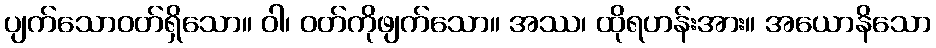
ပျက်သောဝတ်ရှိသော။ ဝါ၊ ဝတ်ကိုဖျက်သော။ အဿ၊ ထိုရဟန်းအား။ အယောနိသော